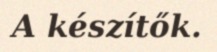
A készítők.